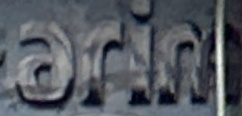
arim